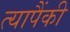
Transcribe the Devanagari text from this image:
त्यापैंकी